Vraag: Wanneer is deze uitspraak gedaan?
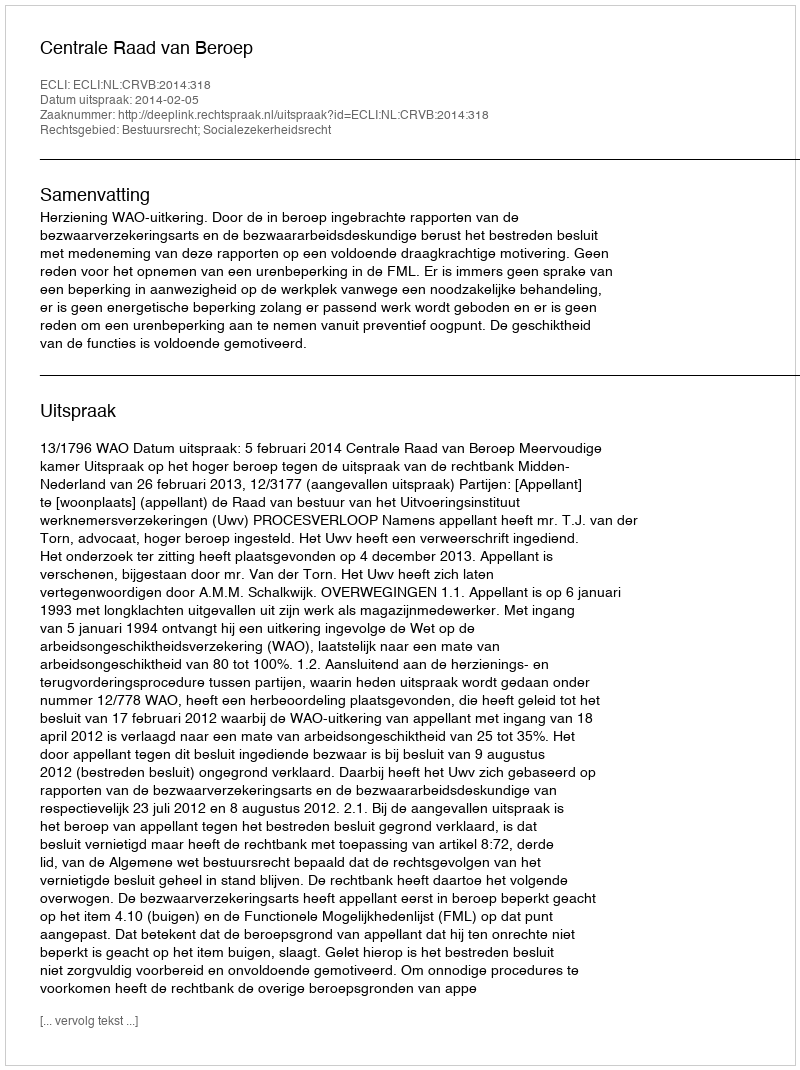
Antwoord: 2014-02-05